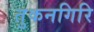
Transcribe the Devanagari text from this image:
तुकनगिरि